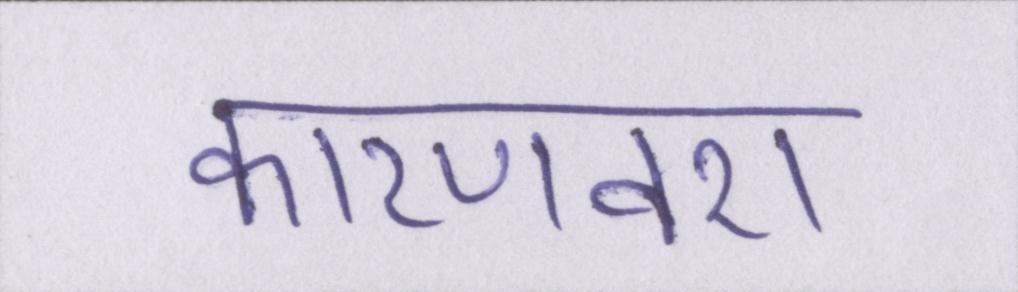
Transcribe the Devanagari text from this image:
कारणवश